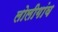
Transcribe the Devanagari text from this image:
लोलीगांव